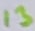
Text: 13